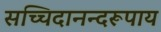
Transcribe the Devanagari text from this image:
सच्चिदानन्दरूपाय